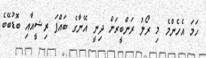
ހަމަ އެހެންމެ މި ރޯލު ރަންބީރަށް ދިނީ އޭނާގެ ބައްޕަ ރިޝީއާއި ބޮޑުބޭބެ